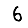
Digit: 6